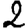
Digit: 2